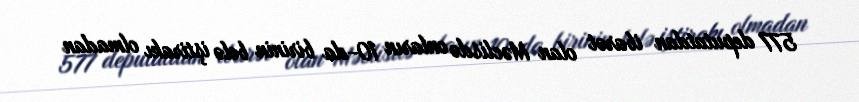
577 deputatdan ibarət olan Məclisdə onların 10-da birinin belə iştirakı olmadan